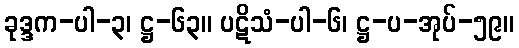
ခုဒ္ဒက-ပါ-၃၊ ဋ္ဌ-၆၃။ ပဋိသံ-ပါ-၆၊ ဋ္ဌ-ပ-အုပ်-၅၉။